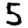
Digit: 5